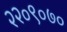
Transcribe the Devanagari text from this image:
२२०९०७०